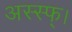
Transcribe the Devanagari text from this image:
अस्स्फ्।